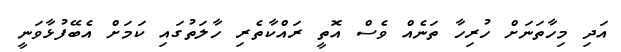
އަދި މިހާތަނަަށް ހުރިހާ ތަނެއް ވެސް އޮތީ ރައްކާތެރި ހާލަތުގައި ކަމަށް އެބޭފުޅާވަނީ